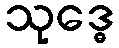
သုဒ္ဓေ